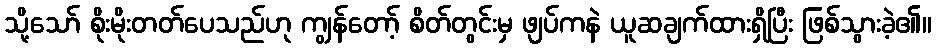
သို့သော် စိုးမိုးတတ်ပေသည်ဟု ကျွန်တော့် စိတ်တွင်းမှ ဖျပ်ကနဲ ယူဆချက်ထားရှိပြီး ဖြစ်သွားခဲ့၏။